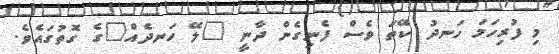
މި ފުރިހަމަ ހަނދު ކޭތަ ވެސް ފެނިގެން ދާނީ "ލޭ ހަނދެއް"ގެ ގޮތުގައެވެ.